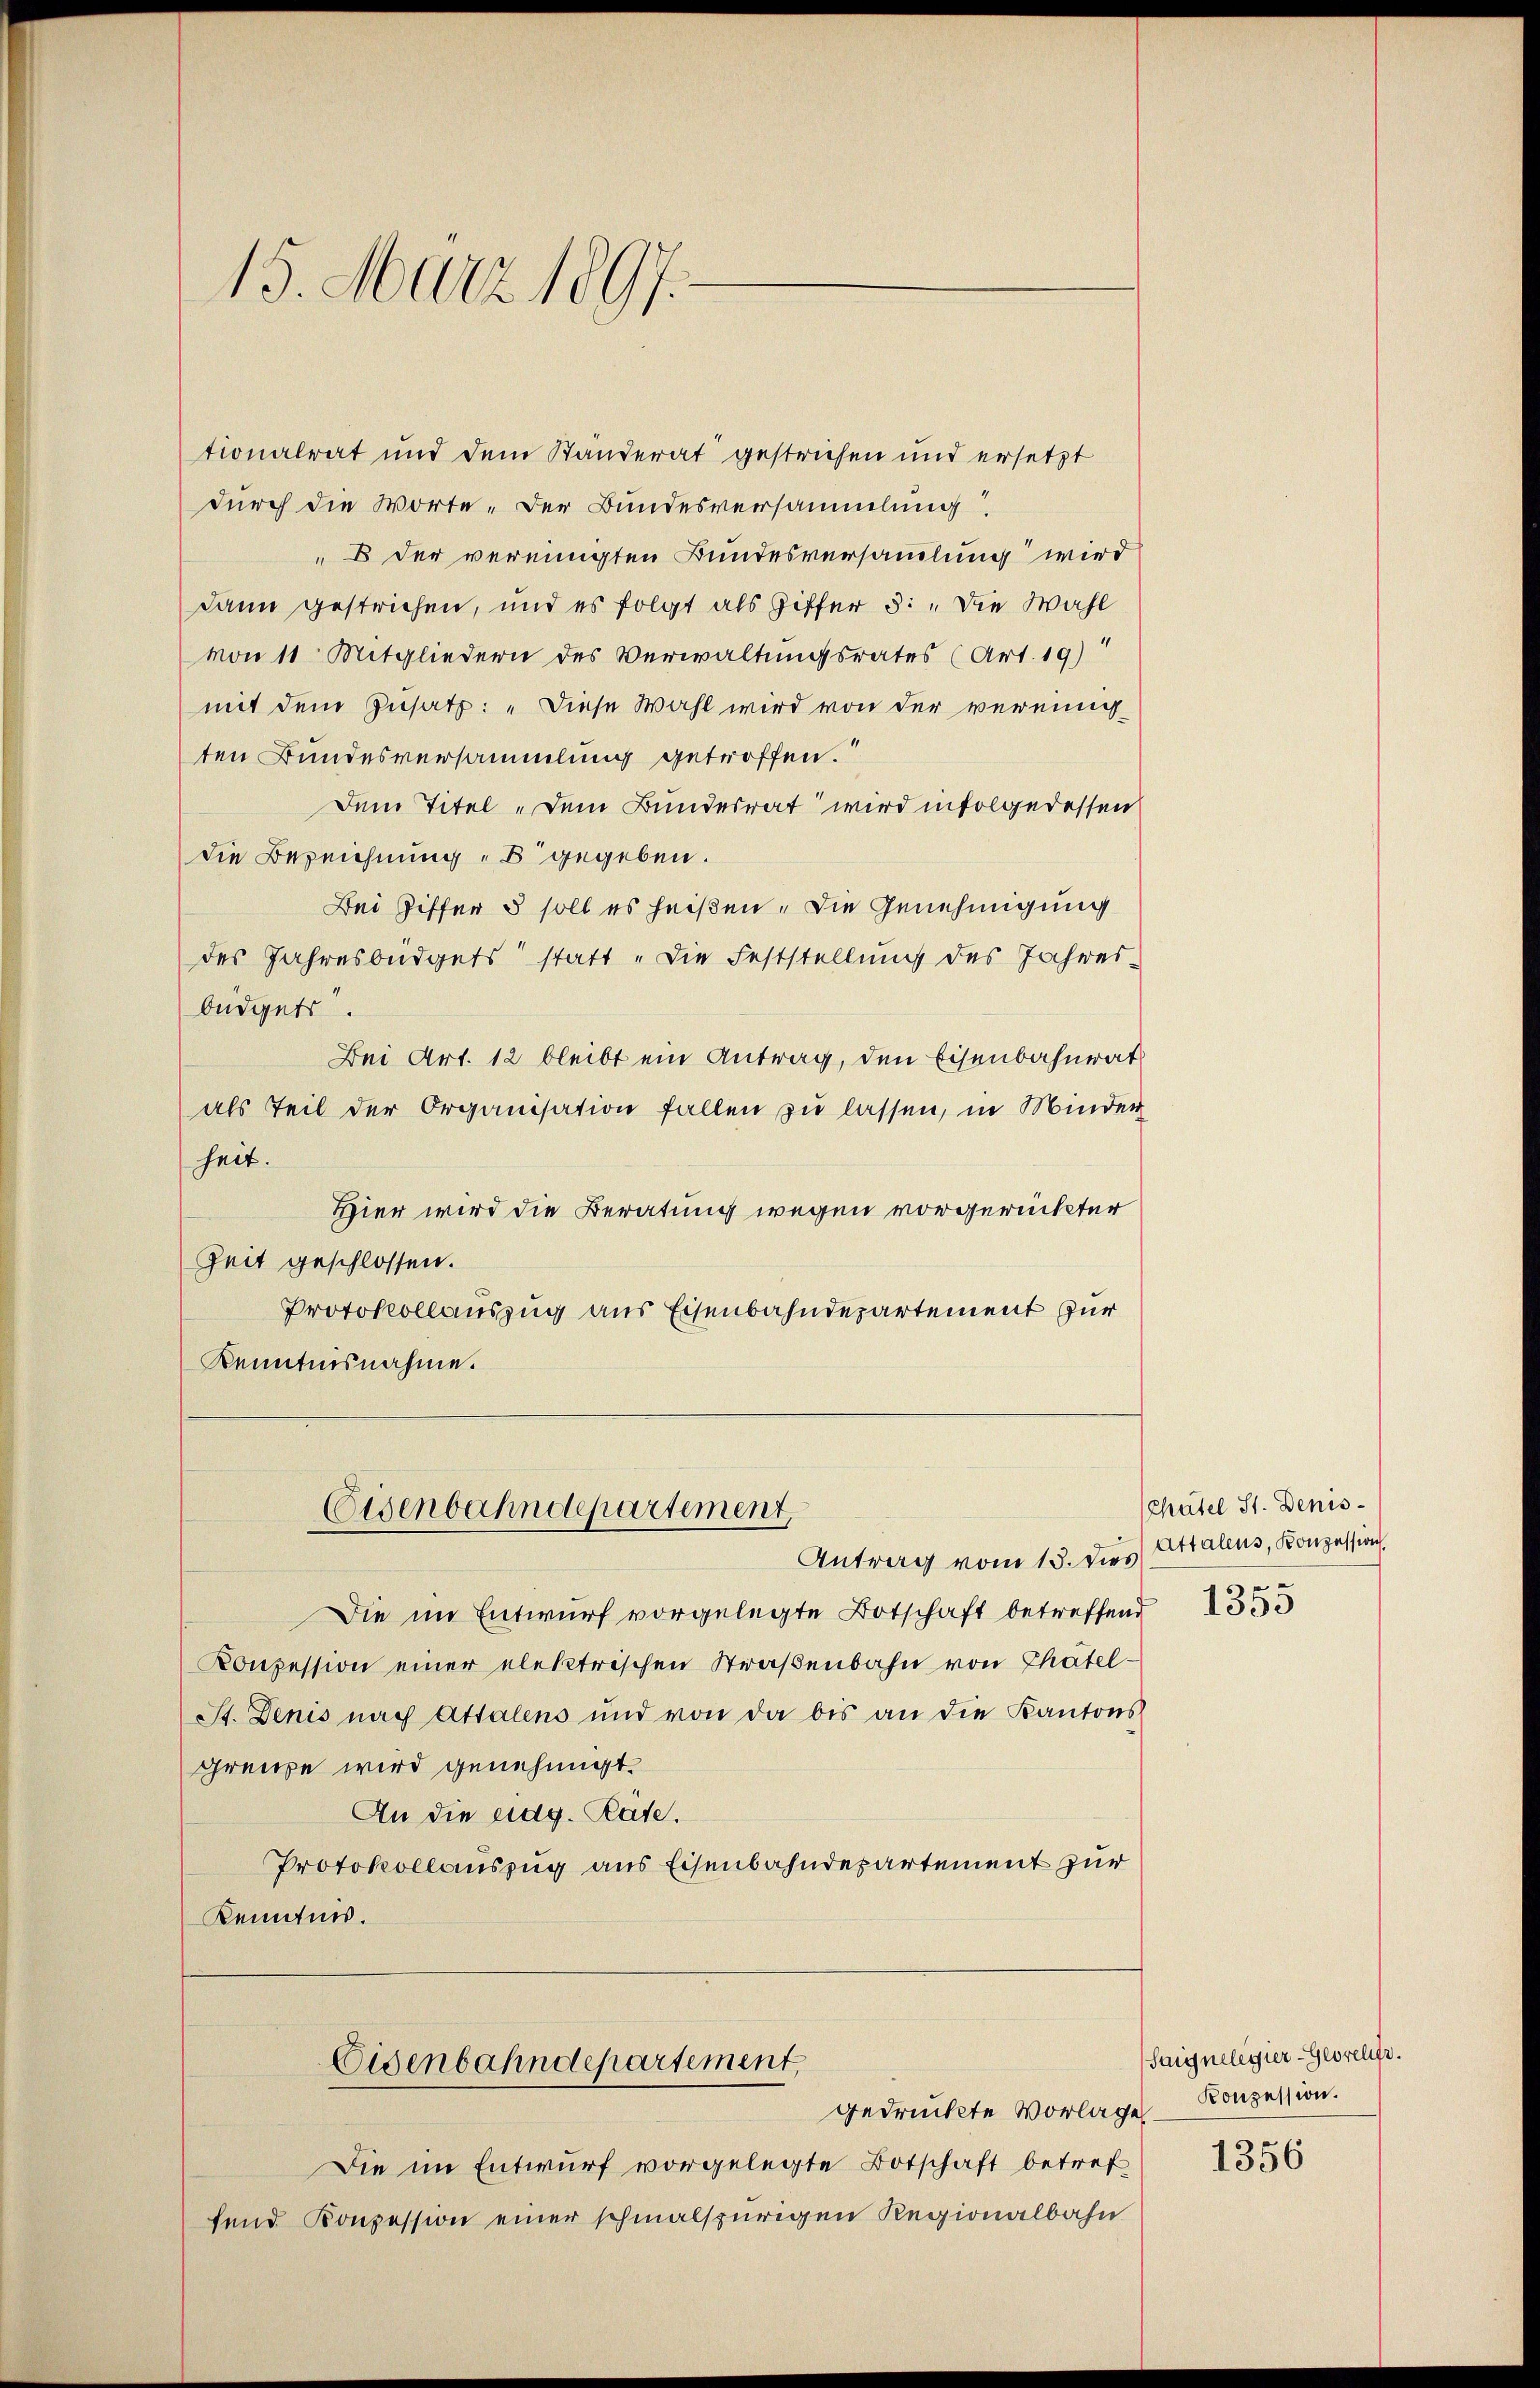
15. März 1897.

tionalrat und dem Ständerat gestrichen und ersetzt
durch die Worte. Der Bundesversammlung
" der vereinigten Bundesversammlung wird
dann gestrichen, und es folgt als Ziffer 5: „Die Wahl
von 11 Mitgliedern des Verwaltungsrates (Art. 19)
mit dem Zusatz: „Diese Wahl wird von der vereinigten Bundesversammlung getroffen.
Dem Titel „Dem Bundesrat wird infolgedessen
die Bezeichnung gegeben.
Bei Ziffer 5 soll es heißen. Die Genehmigung
des Jahresbüdgets statt „die Feststellung des Jahres-
büdgets.
Bei Art. 12 bleibt ein Antrag, den Eisenbahnrat
als Teil der Organisation fallen zu lassen, in Minder
heit.
Hier wird die Beratung wegen vorgerückter
Zeit geschlossen.
Protokollauszug aus Eisenbahndepartement zur
Kenntnisnahme.
Eisenbahndepartement,
Antrag vom 15. dies Attalens, Konzession
Die im Entwurf vorgelegte Botschaft betreffend
Konzession einer elektrischen Straßenbahn von Thätel¬
St. Denis nach Attalens und von da bis an die Kantons
grenze wird genehmigt.
An die eidg. Räte.
Protokollauszug aus Eisenbahndepartement zur
Kenntnis.

Eisenbahndepartement,
gedruckte Vorlage

Die im Entwurf vorgelegte Botschaft betreffend Konzession einer schmalspurigen Regionalbahn

(Chatel St. Denis¬

1353

(Saignelegier-Gewreur.
Konzession.

1356